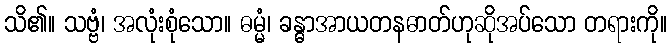
သိ၏။ သဗ္ဗံ၊ အလုံးစုံသော။ ဓမ္မံ၊ ခန္ဓာအာယတနဓာတ်ဟုဆိုအပ်သော တရားကို။